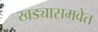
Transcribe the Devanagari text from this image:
खड्यासमवेत